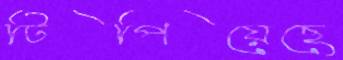
টিপিয়েছে